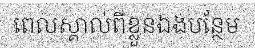
ពេលស្គាល់ពីខ្លួនឯងបន្ថែម